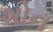
શોન